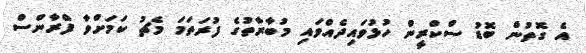
އެ ގޮތުން ބޮޑު ސްކްރީން ހުޅުވައިދެއްވައި މުބާރާތުގެ ފުރަތަމަ މެޗު ކަމަށްވާ ފްރާންސް